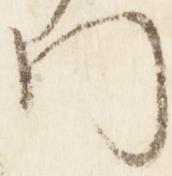
門